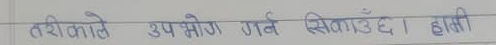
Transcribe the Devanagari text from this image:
तरीकाले उपभोग गर्न सिकाउँछ। हात्ती